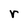
Character: r